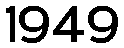
1949